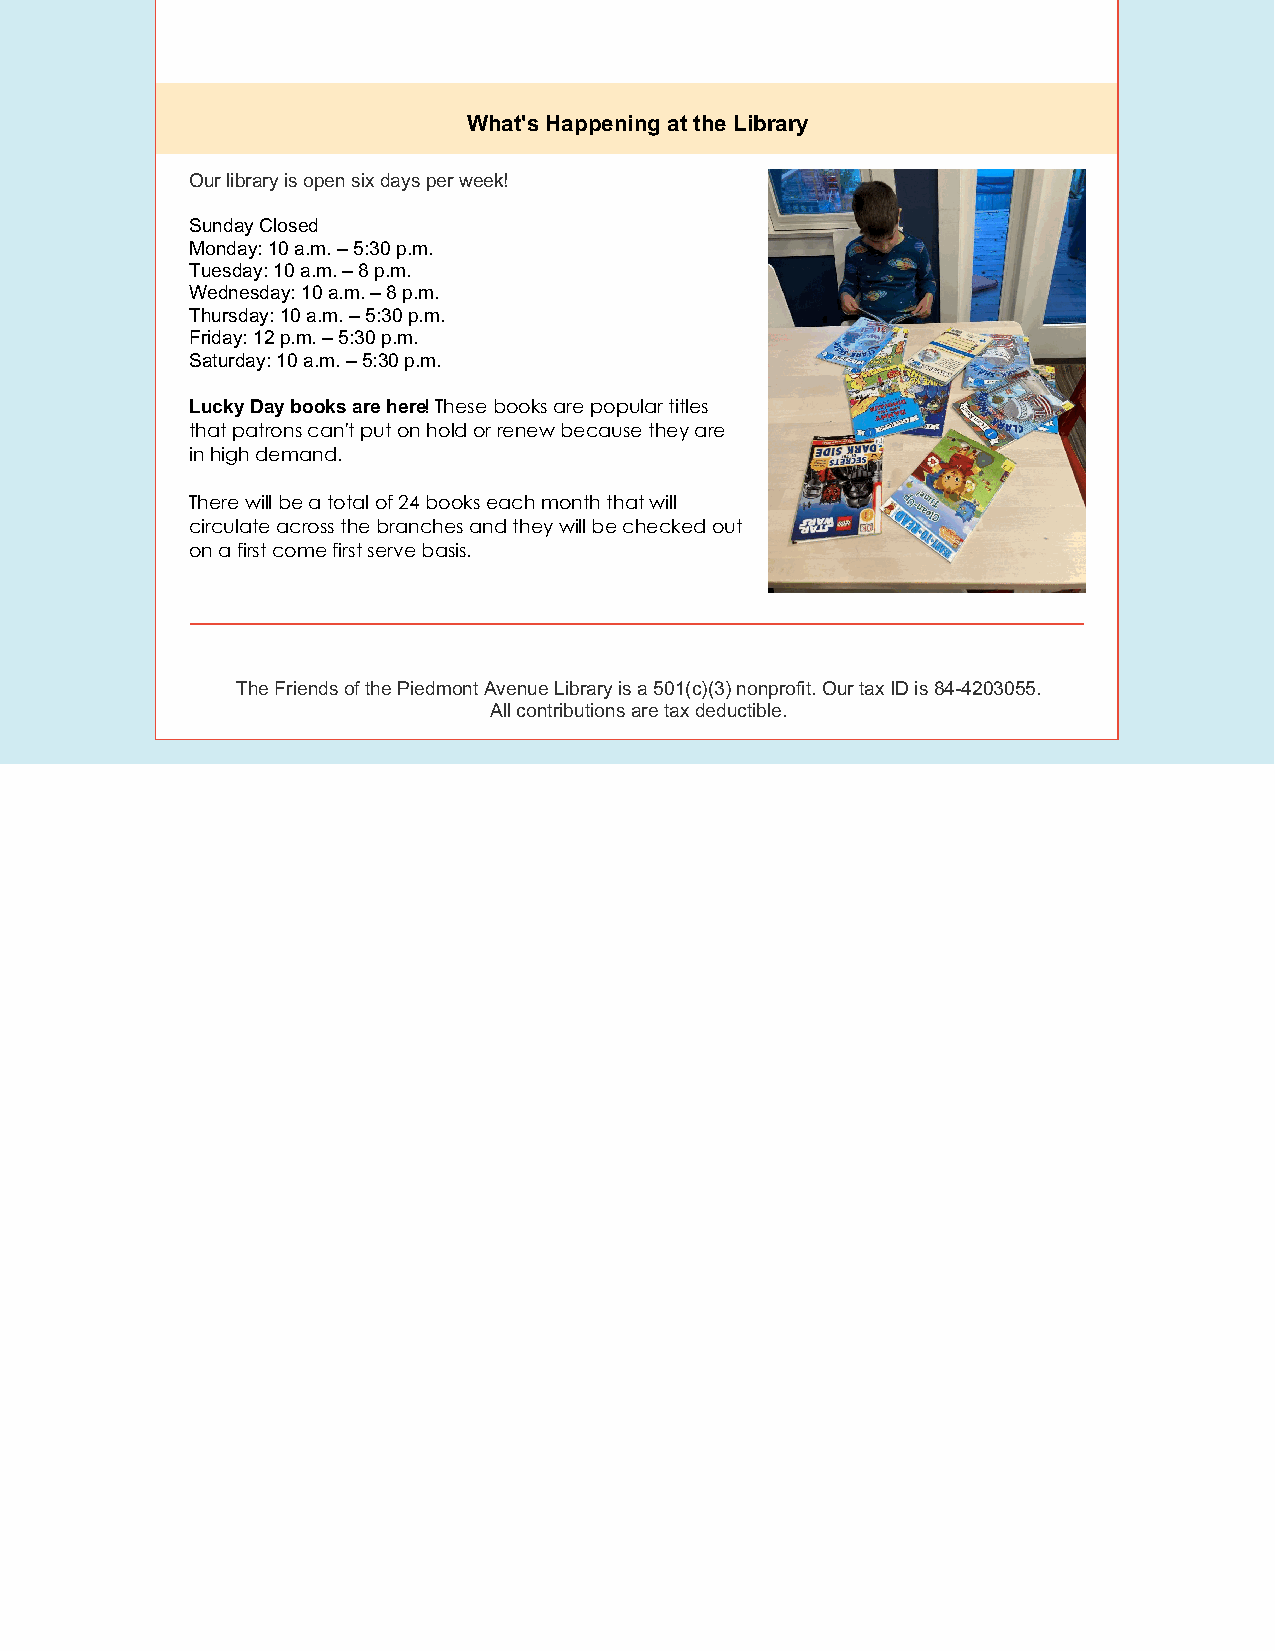
What's Happening at the Library
 Our library is open six days per week!
 Sunday Closed
 Monday: 10 a.m. – 5:30 p.m.
 Tuesday: 10 a.m. – 8 p.m.
 Wednesday: 10 a.m. – 8 p.m.
 Thursday: 10 a.m. – 5:30 p.m.
 Friday: 12 p.m. – 5:30 p.m.
 Saturday: 10 a.m. – 5:30 p.m.
 Lucky Day books are here! These books are popular titles
 that patrons can't put on hold or renew because they are
 in high demand.
 There will be a total of 24 books each month that will
 circulate across the branches and they will be checked out
 on a first come first serve basis.
 The Friends of the Piedmont Avenue Library is a 501(c)(3) nonprofit. Our tax ID is 84-4203055.
 All contributions are tax deductible.